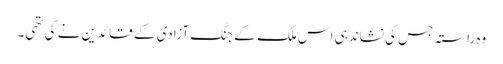
وہ راستہ جس کی نشاندہی اس ملک کے جنگ آزادی کے قائدین نے کی تھی۔